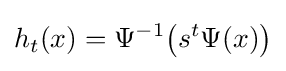
h_{t}(x)=\Psi ^{-1}{\big (}s^{t}\Psi (x){\big )}